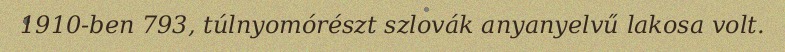
1910-ben 793, túlnyomórészt szlovák anyanyelvű lakosa volt.